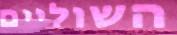
השוליים